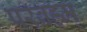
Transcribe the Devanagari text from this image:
परब्रह्म्